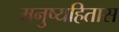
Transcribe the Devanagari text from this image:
मनुष्यहितास